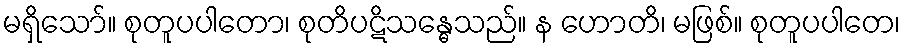
မရှိသော်။ စုတူပပါတော၊ စုတိပဋိသန္ဓေသည်။ န ဟောတိ၊ မဖြစ်။ စုတူပပါတေ၊